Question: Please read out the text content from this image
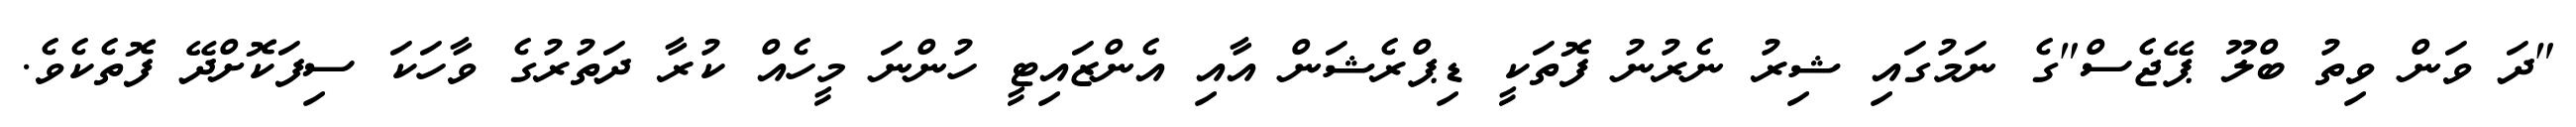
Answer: "ދަ ވަން ވިތު ބްލޫ ޕޭޖެސް"ގެ ނަމުގައި ޝިރު ނެރުނު ފޮތަކީ ޑިޕްރެޝަން އާއި އެންޒައިޓީ ހުންނަ މީހެއް ކުރާ ދަތުރުގެ ވާހަކަ ސިފަކޮށްދޭ ފޮތެކެވެ.